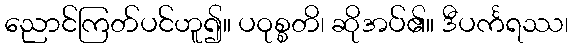
ညောင်ကြတ်ပင်ဟူ၍။ ပဝုစ္စတိ၊ ဆိုအပ်၏။ ဒီပင်္ကရဿ၊